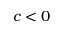
c < 0